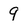
Character: 9